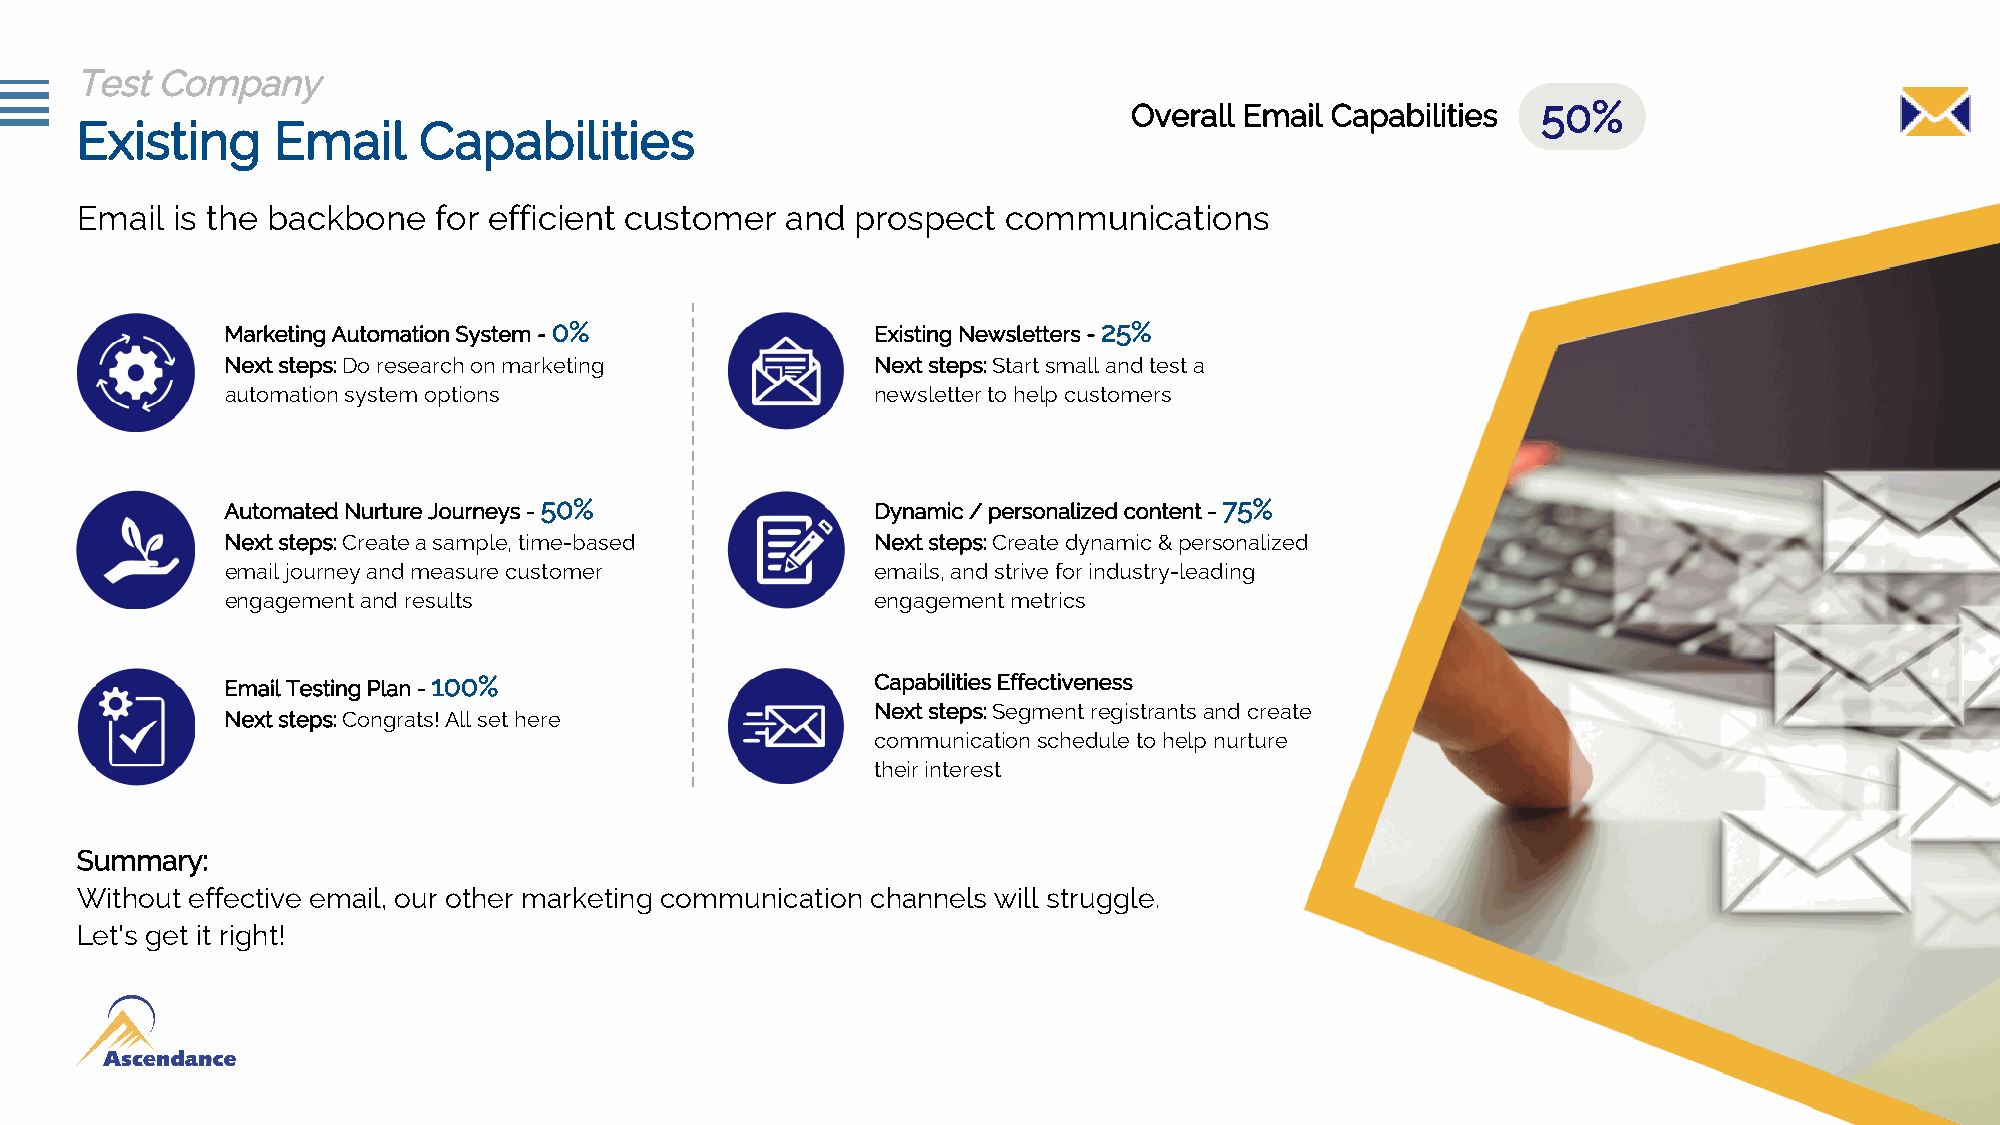
Test Company
 Overall Email Capabilities 50%
 Existing     Email     Capabilities
 Email is the backbone   for efficient customer and  prospect  communications
 Marketing Automation System - 0%           Existing Newsletters - 25%
 Next steps: Do research on marketing       Next steps: Start small and test a
 automation system options                  newsletter to help customers
 Automated Nurture Journeys - 50%           Dynamic / personalized content - 75%
 Next steps: Create a sample, time-based    Next steps: Create dynamic & personalized
 email journey and measure customer         emails, and strive for industry-leading
 engagement and results                     engagement metrics
 Email Testing Plan - 100%                  Capabilities Effectiveness
 Next steps: Segment registrants and create
 Next steps: Congrats! All set here
 communication schedule to help nurture
 their interest
 Summary:
 Without effective email, our other marketing communication channels will struggle.
 Let's get it right!